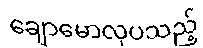
ချောမောလှပသည့်